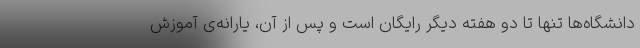
دانشگاه‌ها تنها تا دو هفته دیگر رایگان است و پس از آن، یارانه‌ی آموزش